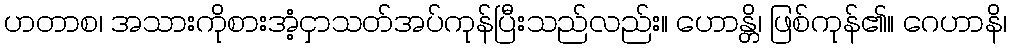
ဟတာစ၊ အသားကိုစားအံ့ငှာသတ်အပ်ကုန်ပြီးသည်လည်း။ ဟောန္တိ၊ ဖြစ်ကုန်၏။ ဂေဟာနိ၊